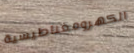
الكهرومغناطيسية